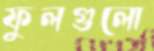
ফুলগুলো